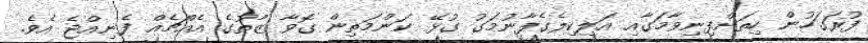
ފުރަގަހުން ހިތަށްފިނިވާމަގާއި އަލިކިލެގެފާނުމަގު ގުޅޭ ކަންމަތިން ގޮވާ ޒާތުގެ އެއްޗެއް ފެނިއްޖެ އެވެ.